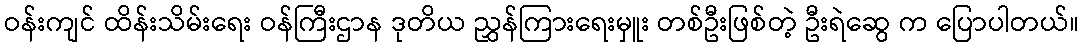
ဝန်းကျင် ထိန်းသိမ်းရေး ဝန်ကြီးဌာန ဒုတိယ ညွှန်ကြားရေးမှူး တစ်ဦးဖြစ်တဲ့ ဦးရဲဆွေ က ပြောပါတယ်။